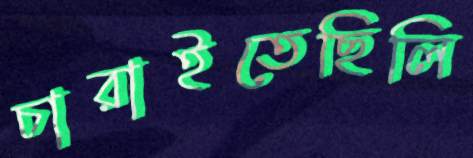
চারাইতেছিলি